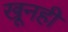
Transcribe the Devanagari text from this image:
खूनही